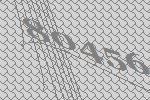
80456